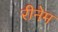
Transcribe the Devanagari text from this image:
रीनेम